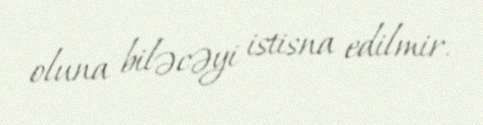
oluna biləcəyi istisna edilmir.